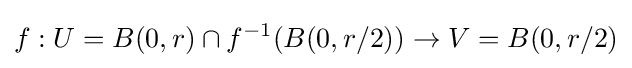
f:U=B(0,r)\cap f^{-1}(B(0,r/2))\to V=B(0,r/2)